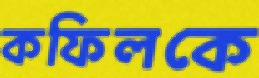
কফিলকে